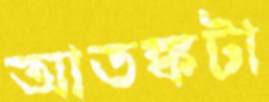
আতঙ্কটা